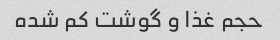
حجم غذا و گوشت کم شده